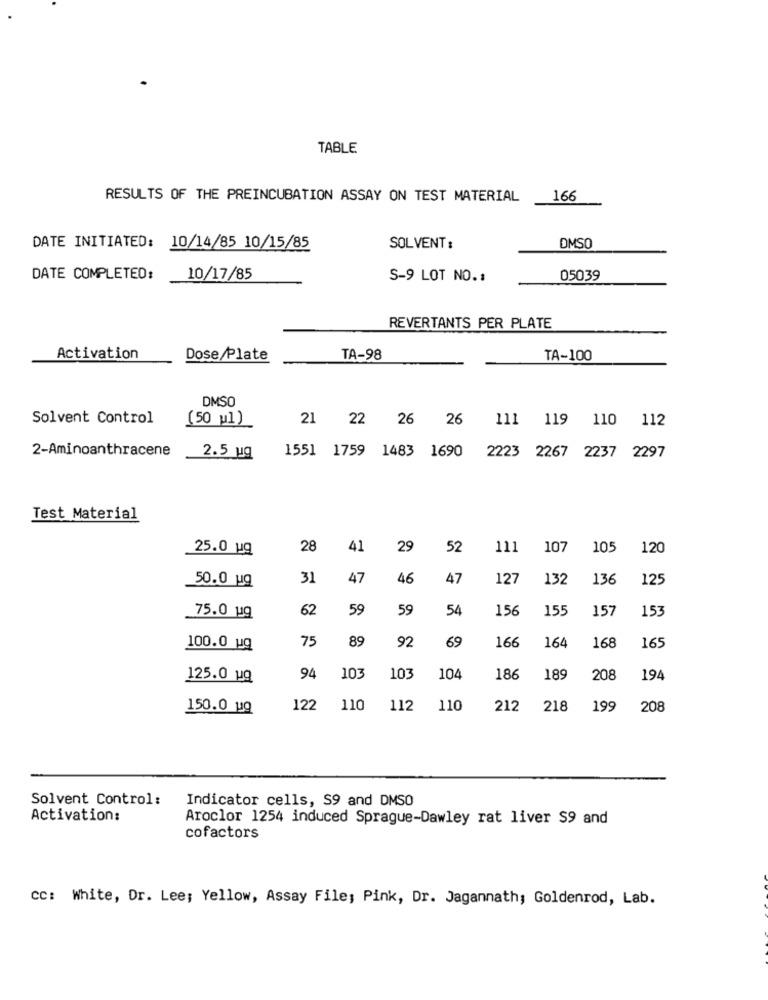
TABLE
RESULTS OF THE PREINCUBATION ASSAY ON TEST MATERIAL
166
DATE INITIATED: 10/14/85 10/15/85
SOLVENT :
OMSO
DATE COMPLETED:
10/17/85
S-9 LOT NO .:
05039
REVERTANTS PER PLATE
Activation
Dose Plate
TA-98
TA-100
DMSO
Solvent Control
(50 1)
21 22 26 26 111 119 110 112
2-Aminoanthracene
1551 1759 1483 1690
2.5 ug
2223 2267 2237 2297
Test Material
25.0 ug
28
41
29
52
111
107
105
120
50.0 ug
31
47
46
47
127
132
136
125
62
59
59
54
156
155
15:
153
75.0 ug
75
89
92
69
166
100.0 ug
164
168
165
125.0 uq
94
103
103
104
186
189
208
194
150.0 ug
122
110
112
110
212
218
199
208
Solvent Control :
Indicator cells, S9 and DMSO
Activation:
Aroclor 1254 induced Sprague-Dawley rat liver $9 and
cofactors
cc: White, Dr. Lee; Yellow, Assay File; Pink, Dr. Jagannath; Goldenrod, Lab.